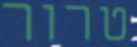
טרור